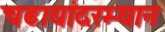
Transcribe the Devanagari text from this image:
चढायांदरम्यान